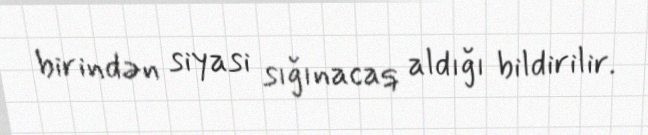
birindən siyasi sığınacaq aldığı bildirilir.